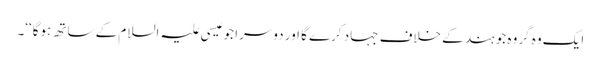
ایک وہ گروہ جو ہند کے خلاف جہاد کرے گا اور دوسرا جو عیسی علیہ السلام کے ساتھ ہوگا‘‘۔